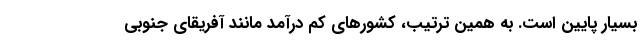
بسیار پایین است. به همین ترتیب، کشورهای کم درآمد مانند آفریقای جنوبی